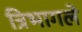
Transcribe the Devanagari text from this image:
त्रिभागले